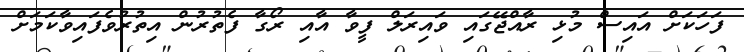
ފަހަކަށް އައިސް މުޅި ރާއްޖޭގައި ވައިރަލް ފީވާ އާއި ރޯގާ ފެތުރުން އިތުރުވެފައިވާކަމަށް